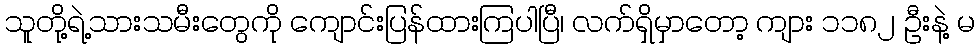
သူတို့ရဲ့သားသမီးတွေကို ကျောင်းပြန်ထားကြပါပြီ၊ လက်ရှိမှာတော့ ကျား ၁၁၈၂ ဦးနဲ့ မ